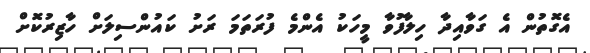
އެގޮތުން އެ ގަވާއިދާ ހިލާފުވާ މީހަކު އެންމެ ފުރަތަމަ ރަށު ކައުންސިލަށް ހާޒިރުކޮށް